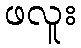
ဖလူး